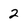
Character: 2